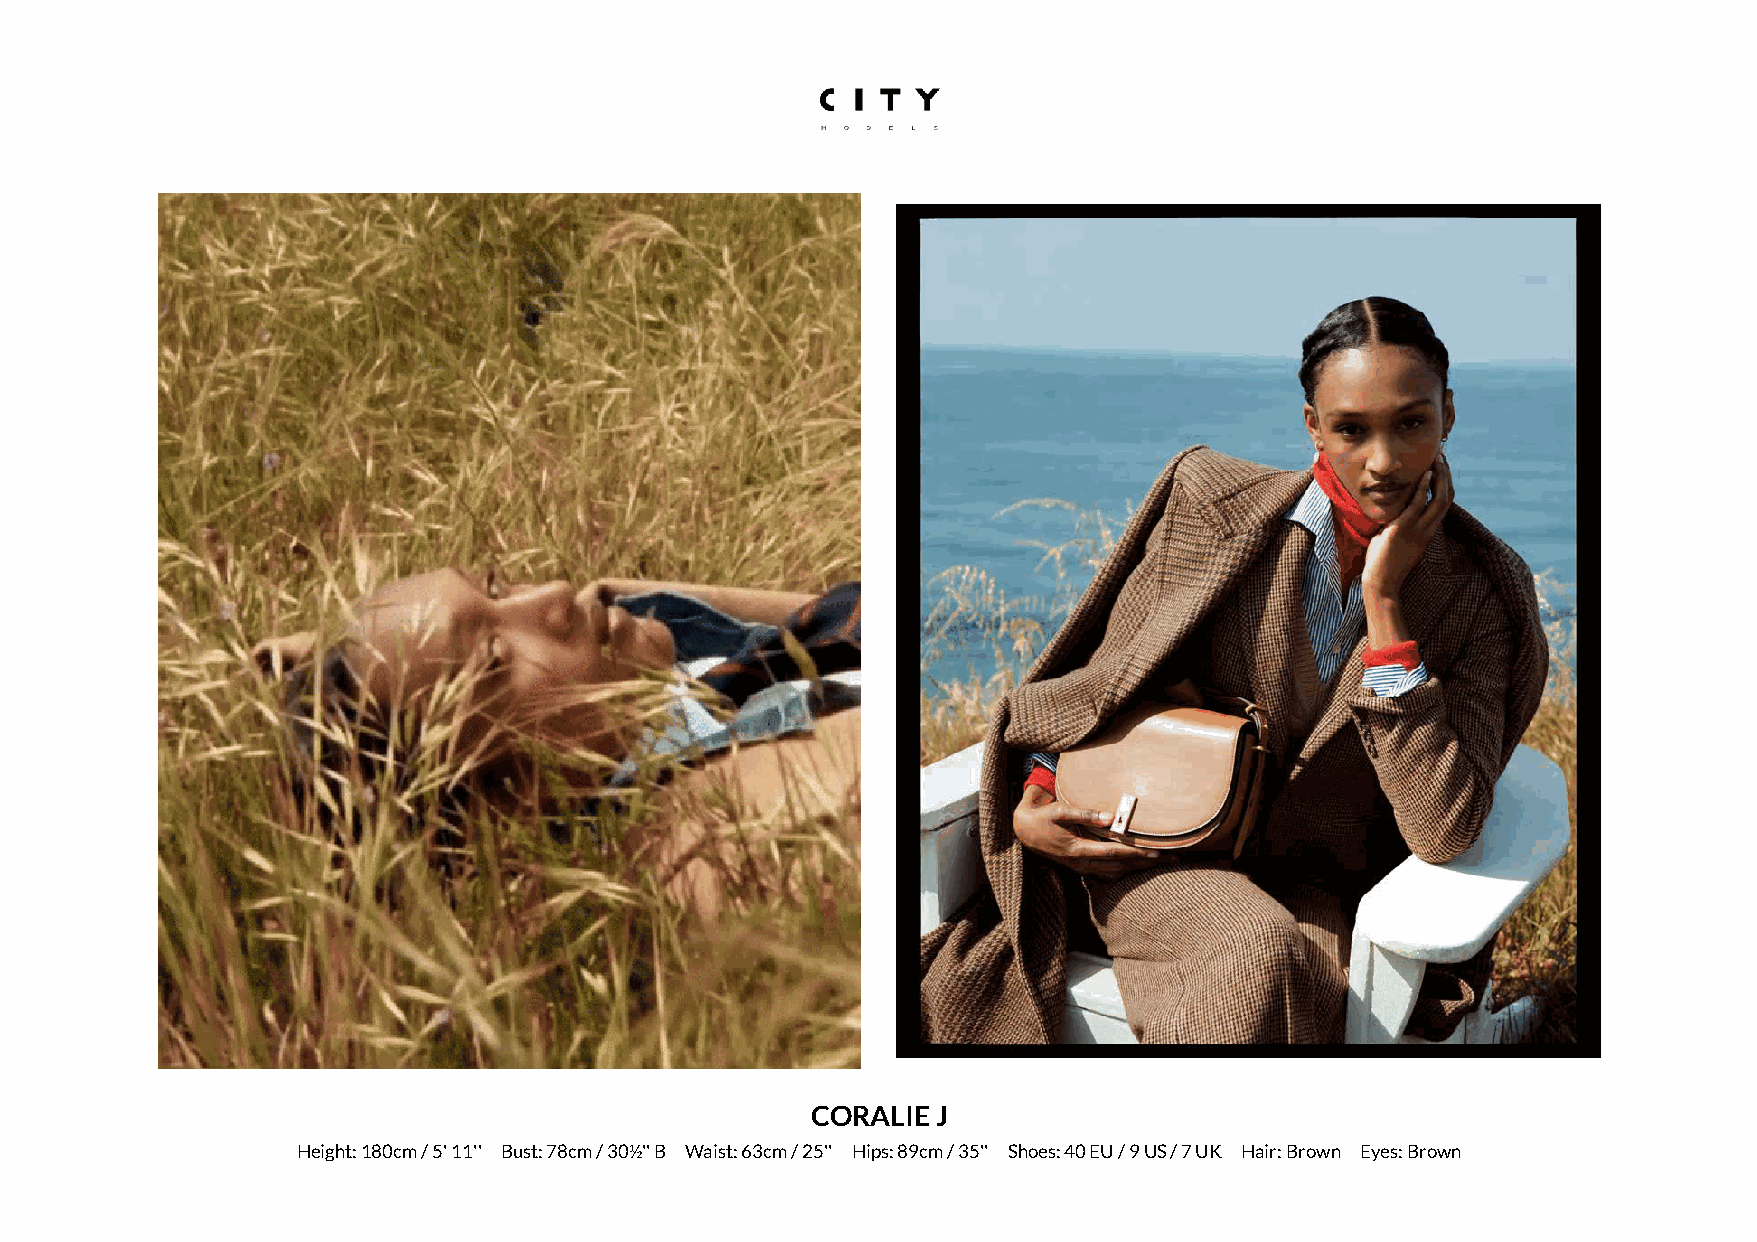
CORALIE J
 Height: 180cm / 5' 11'' Bust: 78cm / 30½'' B Waist: 63cm / 25'' Hips: 89cm / 35'' Shoes: 40 EU / 9 US / 7 UK Hair: Brown Eyes: Brown